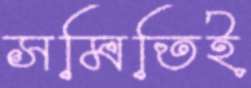
সমিতিই